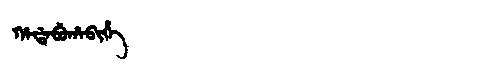
Manchu: ᡥᠠᡩᠠᠪᡠᡥᠠᠪᡳᡥᡝ
Romanization: HADABUHABIHE